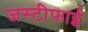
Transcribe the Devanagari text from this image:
जस्टीफाई